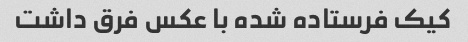
کیک فرستاده شده با عکس فرق داشت